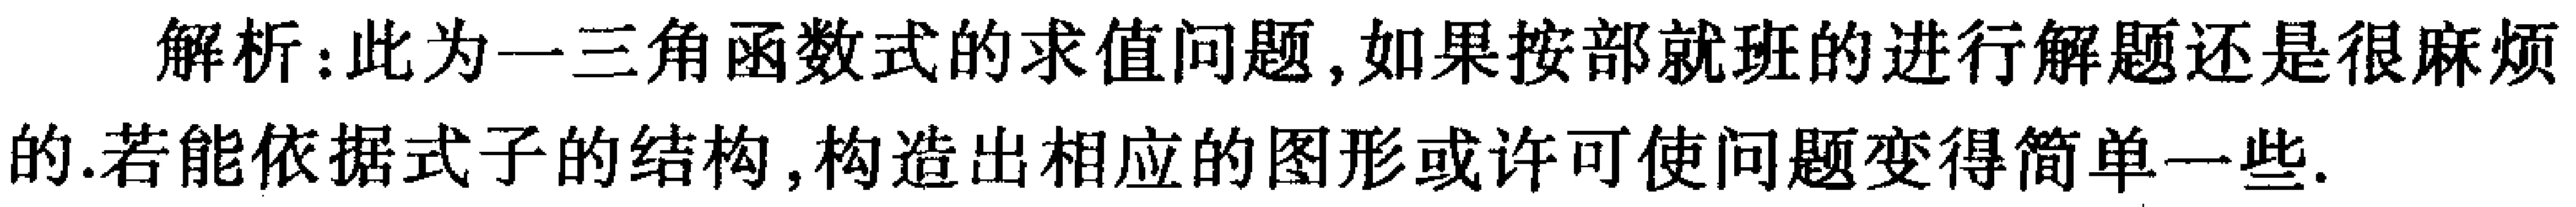
解析：此为一三角函数式的求值问题,如果按部就班的进行解题还是很麻烦的.若能依据式子的结构,构造出相应的图形或许可使问题变得简单一些.